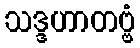
သဒ္ဒဟာတဗ္ဗံ